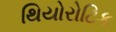
થિયોરોટિક